Lunatic asylums United Provinces 1909-1921 - 1909-1921
Year: 1909
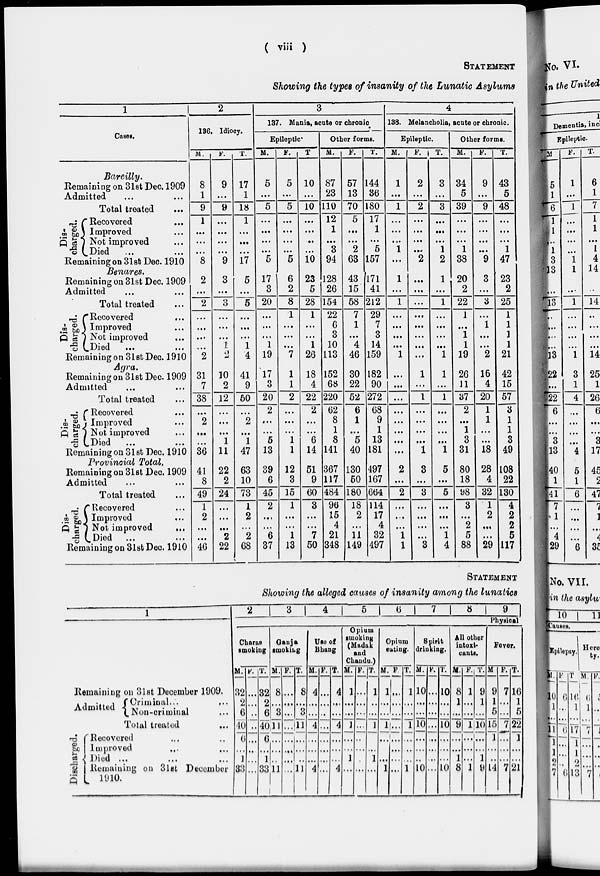
( viii )
STATEMENT
Showing the types of insanity of the Lunatic Asylums
1
Cases.
Bareilly.
Remaining on 31st Dec. 1909
Admitted ... ...
Total treated ...
Dis-
charged.
Recovered ...
Improved ...
Not improved ...
Died ... ...
Remaining on 31st Dec. 1910
Benares.
Remaining on 31st Dec. 1909
Admitted ... ...
Total treated ...
Dis-
charged.
Recovered ...
Improved ...
Not improved ...
Died ... ...
Remaining on 31st Dec. 1910
Agra.
Remaining on 31st Dec. 1909
Admitted ... ...
Total treated ...
Dis-
charged.
Recovered ...
Improved ...
Not improved ...
Died ... ...
Remaining on 31st Dec. 1910
Provincial Total.
Remaining on 31st Dec. 1909
Admitted ... ...
Total treated ...
Dis-
charged.
Recovered ...
Improved ...
Not improved ...
Died ... ...
Remaining on 31st Dec. 1910
2
136. Idiocy.
M.
8
1
9
1
...
...
...
8
2
...
2
...
...
...
...
2
31
7
38
...
2
...
...
36
41
8
49
1
2
...
...
46
F.
9
...
9
...
...
...
...
9
3
...
3
...
...
...
1
2
10
2
12
...
...
...
1
11
22
2
24
...
...
...
2
22
T.
17
1
18
1
...
...
...
17
5
...
5
...
...
...
1
4
41
9
50
...
2
...
1
47
63
10
73
1
2
...
2
68
3
137. Mania, acute or chronic
Epileptic.
M.
5
...
5
...
...
...
...
5
17
3
20
...
...
...
1
19
17
3
20
2
...
...
5
13
39
6
45
2
...
...
6
37
F.
6
...
5
...
...
...
...
5
6
2
8
1
...
...
...
7
1
1
2
...
...
...
1
1
12
3
15
1
...
...
1
13
T
10
...
10
...
...
...
...
10
23
5
28
1
...
...
1
26
18
4
22
2
...
...
6
14
51
9
60
3
...
...
7
50
Other forms.
M.
87
23
110
12
1
...
3
94
128
26
154
22
6
3
10
113
152
68
220
62
8
1
8
141
367
117
484
96
15
4
21
348
F.
57
13
70
5
...
...
2
63
43
15
58
7
1
...
4
46
30
22
52
6
1
...
5
40
130
50
180
18
2
...
11
149
T.
144
36
180
17
1
...
5
157
[
171
41
212
29
7
3
14
159
182
90
272
68
9
1
13
181
497
167
664
114
17
4
32
497
4
138. Melancholia, acute or chronic.
Epileptic.
M.
1
...
1
...
...
...
1
...
1
...
1
...
...
...
...
1
...
...
...
...
...
...
...
...
2
...
2
...
...
...
1
1
F.
2
...
2
...
...
...
...
2
...
...
...
...
...
...
...
...
1
...
1
...
...
...
...
1
3
...
3
...
...
...
...
3
T.
3
...
3
...
...
...
1
2
1
...
1
...
...
...
...
1
1
...
1
...
...
...
...
1
5
...
5
...
...
...
1
4
Other forms.
M.
34
5
39
...
...
...
1
38
20
2
22
1
...
1
1
19
26
11
37
2
...
1
3
31
80
18
98
3
...
2
5
88
F.
9
...
9
...
...
...
...
9
3
...
3
...
1
...
...
2
16
4
20
1
1
...
...
18
28
4
32
1
2
...
...
29
T.
43
5
48
...
...
...
1
47
23
2
25
1
1
1
1
21
42'
15
57
3
1
1
3
49
108
22
130
4
2
2
5
117
STATEMENT
Showing the alleged causes of insanity among the lunatics
1
Remaining on 31st December 1909.
Admitted
Criminal...
...
Non-criminal ...
Total treated ...
Discharged.
Recovered ...
Improved ...
Died ... ... ...
Remaining on 3lst December
1910.
2
3
4
5
6
7 8
9
Physical
Charas
smoking
M.
32
2
6
40
6
...
1
33
F.
...
...
...
...
...
...
...
...
T.
32
2
6
40
6
...
1
33
Ganja
smoking
M.
8
...
3
11
...
...
...
11
F.
...
...
...
...
...
...
...
...
T.
8
...
3
11
...
...
...
11
Use of
Bhang
M.
4
...
...
4
...
...
...
4
F.
...
...
...
...
...
...
...
...
T.
4
...
...
4
...
...
...
4
Opium
smoking
(Madak
and
Chandu.)
M.
1
...
...
1
...
...
1
...
F.
...
...
...
...
...
...
...
...
T.
1
...
...
1
...
...
1
...
Opium
eating.
M.
1
...
...
1
...
...
...
1
F.
...
...
...
...
...
...
...
...
T.
1
...
...
1
...
...
...
1
Spirit
drinking.
M.
10
...
...
10
...
...
...
10
F.
...
...
...
...
...
...
...
...
T.
10
...
...
10
...
...
...
10
All other
intoxi-
cants.
M.
8
1
...
9
...
...
1
8
F.
1
...
...
1
...
...
...
1
T.
9
1
...
10
...
...
1
9
Fever.
M.
9
1
5
15
1
...
...
14
F.
7
...
...
7
...
...
...
7
T.
16
1
5
22
1
...
...
21